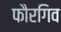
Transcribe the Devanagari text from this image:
फौरगिव